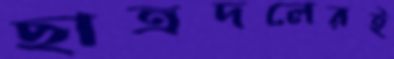
ছাত্রদলেরই